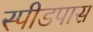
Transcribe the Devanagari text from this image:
स्पीडपास